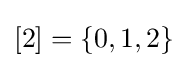
[2]=\{0,1,2\}